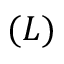
( L )